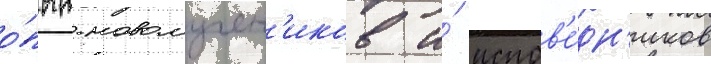
о́пыт новомучен'иков и́ испов'е́дн'иков